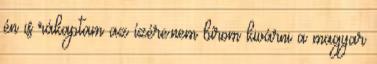
én is rákaptam az ízére.nem bírom kivárni a magyar